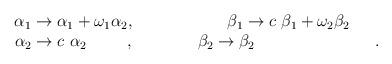
LaTeX: \begin{align*}\begin{array}{ccc}\alpha_1\to \alpha_1+\omega_1 \alpha_2, &\ \ \ & \beta_1\to c~ \beta_1+\omega_2\beta_2\\\alpha_2\to c~ \alpha_2\phantom{\omega_2c \alpha_2}, &\ \ \ \ \ \ \ &\beta_2\to \beta_2\phantom{nnc+\omega_2 (\beta_2+1)}.\\\end{array}\end{align*}